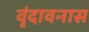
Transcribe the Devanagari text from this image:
वृंदावनास